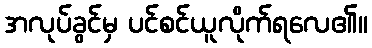
အလုပ်ခွင်မှ ပင်စင်ယူလိုက်ရလေ၏။